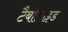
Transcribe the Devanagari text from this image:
टैबोलाइड